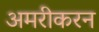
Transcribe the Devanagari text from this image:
अमरीकरन